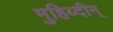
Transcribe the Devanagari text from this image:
मुहिय्दीन्